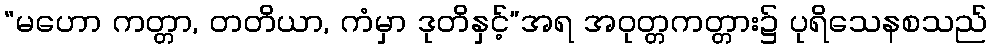
“မဟော ကတ္တာ, တတိယာ, ကံမှာ ဒုတိနှင့်”အရ အဝုတ္တကတ္တား၌ ပုရိသေနစသည်